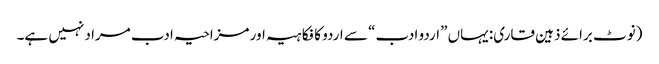
(نوٹ برائے ذہین قاری: یہاں ”اردو ادب“ سے اردو کا فکاہیہ اور مزاحیہ ادب مراد نہیں ہے۔